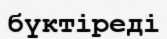
бүктіреді